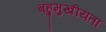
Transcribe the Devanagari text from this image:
बहुमुखीयता